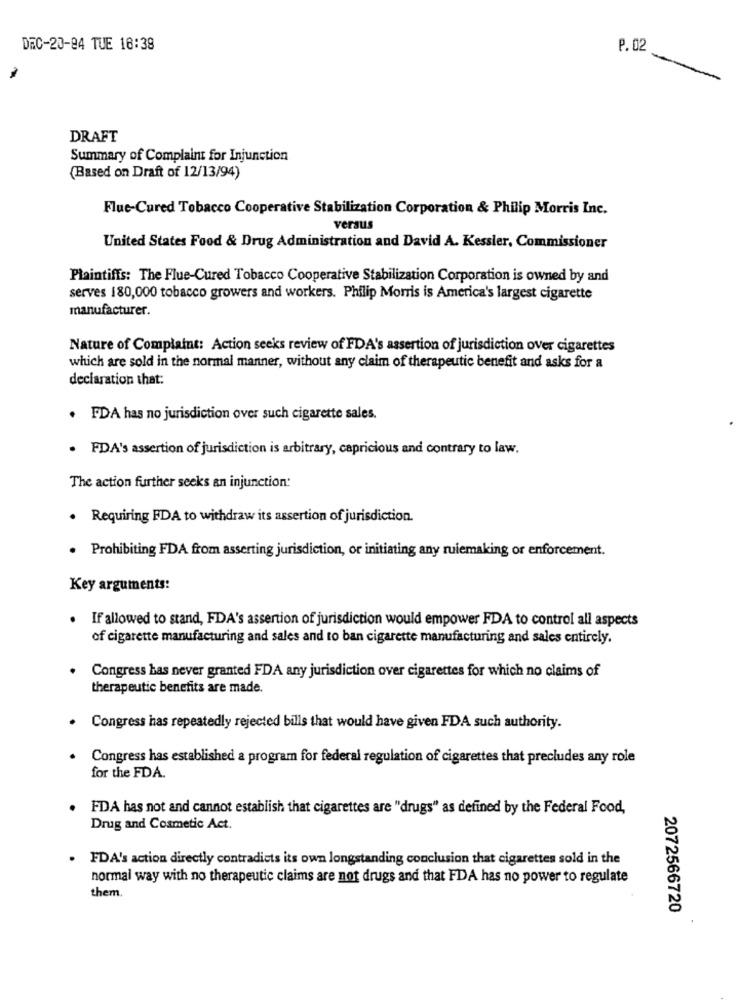
DEC-20-84 TUE 16:38
P.02
DRAFT
Summary of Complaint for Injunction
(Based on Draft of 12/13/94)
Fluc-Cured Tobacco Cooperative Stabilization Corporation & Philip Morris Inc.
versus
United States Food & Drug Administration and David A. Kessler, Commissioner
Plaintiffs: The Flue-Cured Tobacco Cooperative Stabilization Corporation is owned by and
serves 180,000 tobacco growers and workers. Philip Morris is America's largest cigarette
manufacturer.
Nature of Complaint: Action seeks review of FDA's assertion of jurisdiction over cigarettes
which are sold in the normal manner, without any claim of therapeutic benefit and asks for a
declaration that:
. FDA has no jurisdiction over such cigarette sales.
. FDA's assertion of jurisdiction is arbitrary, capricious and contrary to law.
The action further seeks an injunction:
. Requiring FDA to withdraw its assertion of jurisdiction.
Prohibiting FDA from asserting jurisdiction, or initiating any rulemaking or enforcement.
Key arguments:
. If allowed to stand, FDA's assertion of jurisdiction would empower FDA to control all aspects
of cigarette manufacturing and sales and to ban cigarette manufacturing and sales entirely.
Congress bas never granted FDA any jurisdiction over cigarettes for which no claims of
therapeutic benefits are made.
. Congress has repeatedly rejected bills that would have given FDA such authority.
Congress has established a program for federal regulation of cigarettes that precludes any role
for the FDA.
FDA has not and cannot establish that cigarettes are "drugs" as defined by the Federal Food,
Drug and Cosmetic Act.
. FDA's action directly contradicts its own longstanding conclusion that cigarettes sold in the
normal way with no therapeutic claims are not drugs and that FDA has no power to regulate
them.
2072566720